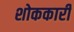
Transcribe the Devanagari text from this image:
शोककारी